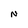
Character: N